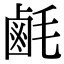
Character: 𪉚